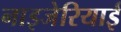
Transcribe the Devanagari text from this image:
नाइजेरियाई